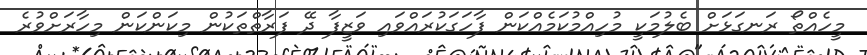
މީހެއްތޯ ރަނގަޅަށް ބެލުމަކީ މުހިއްމުކަމެއްކަން ފާހަގަކުރައްވައި ވަޒީފާ ދޭ ފަރާތްތަކުން މިކަންކަން މިހާރަށްވުރެ